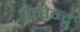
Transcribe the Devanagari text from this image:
पापेन्द्रु